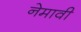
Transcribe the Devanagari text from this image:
नेमावी